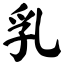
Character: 乳